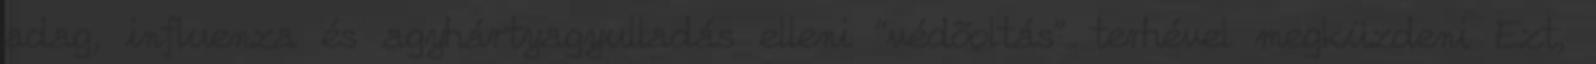
adag, influenza és agyhártyagyulladás elleni “védõoltás” terhével megküzdeni Ezt,